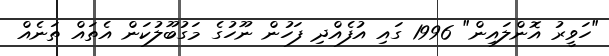
"ހަވީރު އޮންލައިން" 1996 ގައި އުފެއްދި ފަހުން ނޫހުގެ މަގުބޫލުކަން އެތައް ތަނެއް